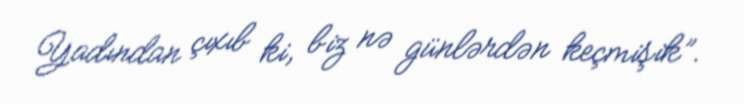
Yadından çıxıb ki, biz nə günlərdən keçmişik”.